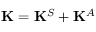
\mathbf { K } = \mathbf { K } ^ { S } + \mathbf { K } ^ { A }